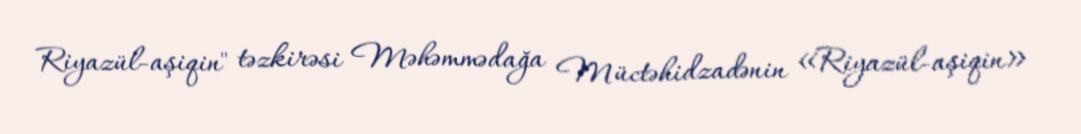
Riyazül-aşiqin" təzkirəsi Məhəmmədağa Müctəhidzadənin «Riyazül-aşiqin»